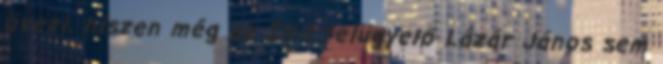
övezi, hiszen még az IH-t felügyelő Lázár János sem